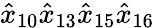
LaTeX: {\hat{x}}_{10}{\hat{x}}_{13}{\hat{x}}_{15}{\hat{x}}_{16}